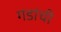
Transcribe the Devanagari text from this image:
गडांची